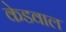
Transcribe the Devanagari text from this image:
केडवाल